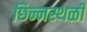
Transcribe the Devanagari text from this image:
छिन्नस्थळी